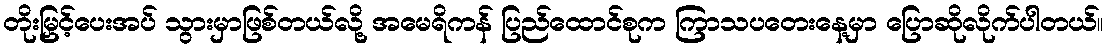
တိုးမြှင့်ပေးအပ် သွားမှာဖြစ်တယ်လို့ အမေရိကန် ပြည်ထောင်စုက ကြာသပတေးနေ့မှာ ပြောဆိုလိုက်ပါတယ်။